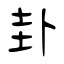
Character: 卦